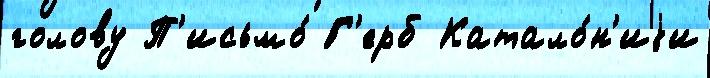
голову П'исьмо́ Г'ерб Катало́н'иjи